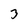
Character: 3